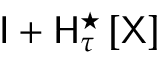
{ \sf I } + { \sf H } _ { \tau } ^ { \star } \left[ \sf X \right]